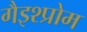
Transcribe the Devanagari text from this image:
गैइश्प्रोम